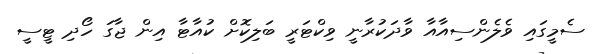
ސެމީގައި ވެލެންސިއާއާ ވާދަކުރާނީ ވިކްޓަރީ ބަލިކޮށް ކުއާޓާ އިން ޖާގަ ހޯދި ޓީސީ